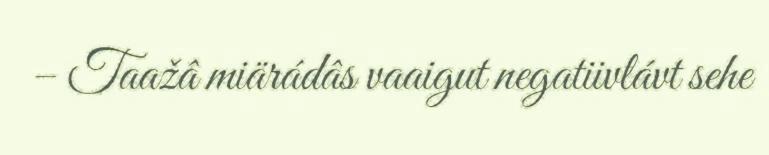
– Taažâ miärádâs vaaigut negatiivlávt sehe